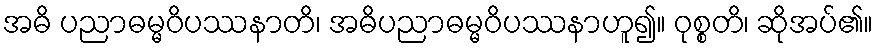
အဓိ ပညာဓမ္မဝိပဿနာတိ၊ အဓိပညာဓမ္မဝိပဿနာဟူ၍။ ဝုစ္စတိ၊ ဆိုအပ်၏။